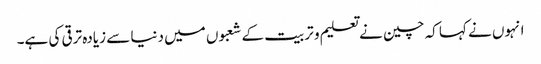
انہوں نے کہا کہ چین نے تعلیم و تربیت کے شعبوں میں دنیا سے زیادہ ترقی کی ہے۔